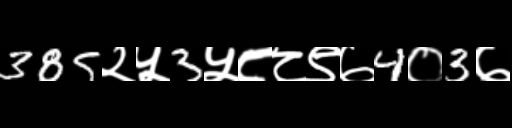
Text: 385२५3५८८९७4०3७